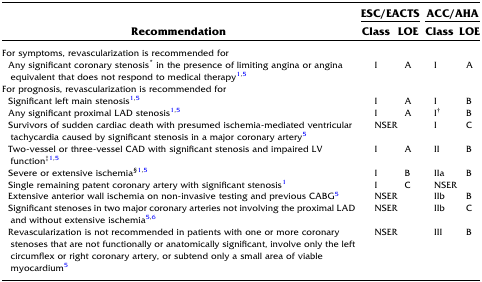
<table><thead><tr><td rowspan="2"><b>Recommendation</b></td><td colspan="2"><b>ESC/EACTS</b></td><td colspan="2"><b>ACC/AHA</b></td></tr><tr><td><b>Class</b></td><td><b>LOE</b></td><td><b>Class</b></td><td><b>LOE</b></td></tr></thead><tbody><tr><td colspan="5">For symptoms, revascularization is recommended for</td></tr><tr><td> Any significant coronary stenosis<sup>*</sup> in the presence of limiting angina or angina equivalent that does not respond to medical therapy1,5</td><td>I</td><td>A</td><td>I</td><td>A</td></tr><tr><td colspan="5">For prognosis, revascularization is recommended for</td></tr><tr><td> Significant left main stenosis1,5</td><td>I</td><td>A</td><td>I</td><td>B</td></tr><tr><td> Any significant proximal LAD stenosis1,5</td><td>I</td><td>A</td><td>I<sup>†</sup></td><td>B</td></tr><tr><td> Survivors of sudden cardiac death with presumed ischemia-mediated ventricular tachycardia caused by significant stenosis in a major coronary artery5</td><td colspan="2">NSER</td><td>I</td><td>C</td></tr><tr><td> Two-vessel or three-vessel CAD with significant stenosis and impaired LV function<sup>‡</sup>1,5</td><td>I</td><td>A</td><td>II</td><td>B</td></tr><tr><td> Severe or extensive ischemia<sup>§</sup>1,5</td><td>I</td><td>B</td><td>IIa</td><td>B</td></tr><tr><td> Single remaining patent coronary artery with significant stenosis1</td><td>I</td><td>C</td><td colspan="2">NSER</td></tr><tr><td> Extensive anterior wall ischemia on non-invasive testing and previous CABG5</td><td colspan="2">NSER</td><td>IIb</td><td>B</td></tr><tr><td> Significant stenoses in two major coronary arteries not involving the proximal LAD and without extensive ischemia5,6</td><td colspan="2">NSER</td><td>IIb</td><td>C</td></tr><tr><td> Revascularization is not recommended in patients with one or more coronary stenoses that are not functionally or anatomically significant, involve only the left circumflex or right coronary artery, or subtend only a small area of viable myocardium5</td><td colspan="2">NSER</td><td>III</td><td>B</td></tr></tbody></table>